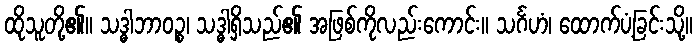
ထိုသူတို့၏။ သဒ္ဓါဘာဝဉ္စ၊ သဒ္ဓါရှိသည်၏ အဖြစ်ကိုလည်းကောင်း။ သင်္ဂဟံ၊ ထောက်ပံ့ခြင်းသို့။